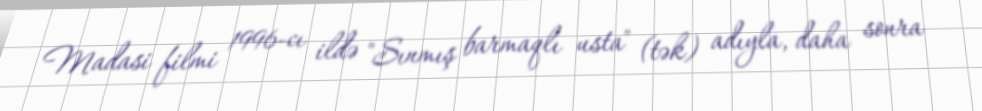
Madasi filmi 1996-cı ildə "Sınmış barmaqlı usta" (tək) adıyla, daha sonra